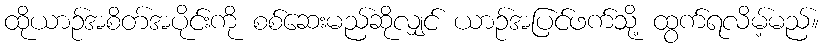
ထိုယာဉ်အစိတ်အပိုင်းကို စစ်ဆေးမည်ဆိုလျှင် ယာဉ်အပြင်ဖက်သို့ ထွက်ရလိမ့်မည်။